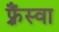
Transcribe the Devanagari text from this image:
फ़्रैंस्वा